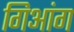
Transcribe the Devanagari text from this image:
गिआंग